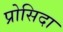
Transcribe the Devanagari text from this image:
प्रोसिदा